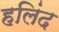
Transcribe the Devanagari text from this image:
हलिंद